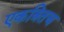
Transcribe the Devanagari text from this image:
एकत्रितच